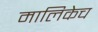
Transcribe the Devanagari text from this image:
मालिकेच